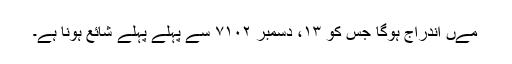
مےں اندراج ہوگا جس کو ۱۳، دسمبر ۷۱۰۲ سے پہلے پہلے شائع ہونا ہے۔